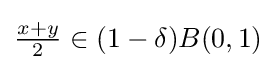
{\textstyle {\frac {x+y}{2}}\in (1-\delta )B(0,1)}